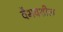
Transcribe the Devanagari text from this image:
वैभवशील